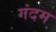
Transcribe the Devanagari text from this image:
गंदम